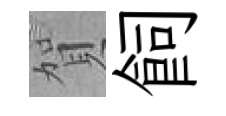
賀飼